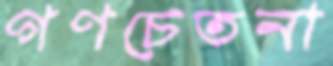
গণচেতনা